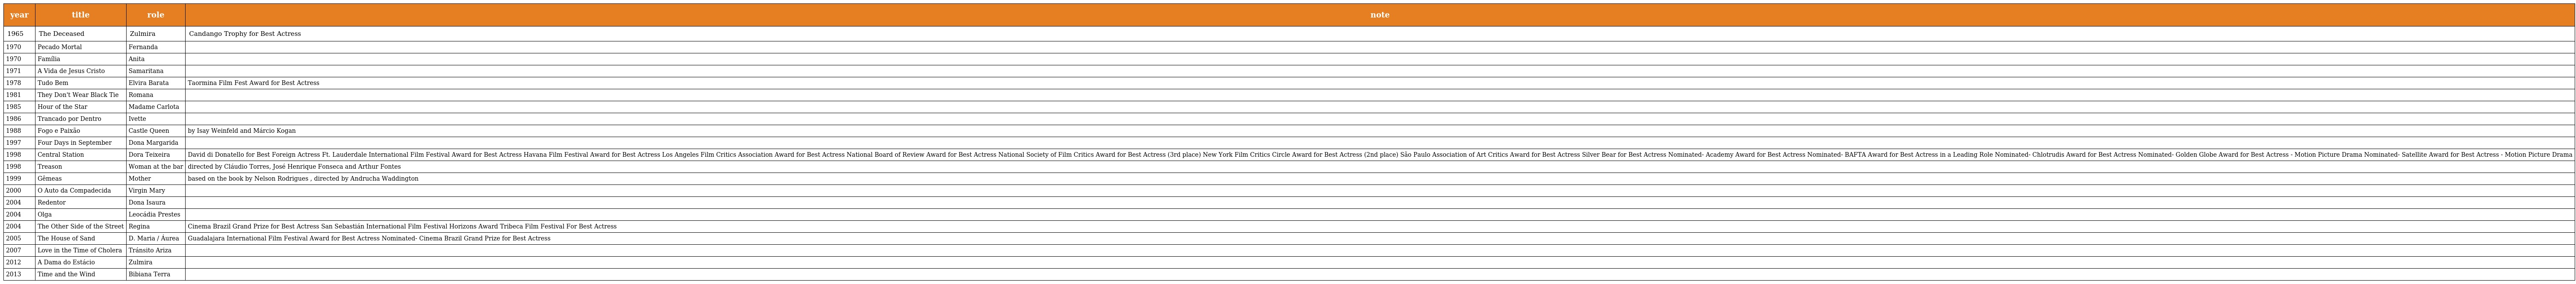
| year | title | role | note |
 | --- | --- | --- | --- |
 | 1965 | The Deceased | Zulmira | Candango Trophy for Best Actress |
 | 1970 | Pecado Mortal | Fernanda |  |
 | 1970 | Família | Anita |  |
 | 1971 | A Vida de Jesus Cristo | Samaritana |  |
 | 1978 | Tudo Bem | Elvira Barata | Taormina Film Fest Award for Best Actress |
 | 1981 | They Don't Wear Black Tie | Romana |  |
 | 1985 | Hour of the Star | Madame Carlota |  |
 | 1986 | Trancado por Dentro | Ivette |  |
 | 1988 | Fogo e Paixão | Castle Queen | by Isay Weinfeld and Márcio Kogan |
 | 1997 | Four Days in September | Dona Margarida |  |
 | 1998 | Central Station | Dora Teixeira | David di Donatello for Best Foreign Actress Ft. Lauderdale International Film Festival Award for Best Actress Havana Film Festival Award for Best Actress Los Angeles Film Critics Association Award for Best Actress National Board of Review Award for Best Actress National Society of Film Critics Award for Best Actress (3rd place) New York Film Critics Circle Award for Best Actress (2nd place) São Paulo Association of Art Critics Award for Best Actress Silver Bear for Best Actress Nominated- Academy Award for Best Actress Nominated- BAFTA Award for Best Actress in a Leading Role Nominated- Chlotrudis Award for Best Actress Nominated- Golden Globe Award for Best Actress - Motion Picture Drama Nominated- Satellite Award for Best Actress - Motion Picture Drama |
 | 1998 | Treason | Woman at the bar | directed by Cláudio Torres, José Henrique Fonseca and Arthur Fontes |
 | 1999 | Gêmeas | Mother | based on the book by Nelson Rodrigues , directed by Andrucha Waddington |
 | 2000 | O Auto da Compadecida | Virgin Mary |  |
 | 2004 | Redentor | Dona Isaura |  |
 | 2004 | Olga | Leocádia Prestes |  |
 | 2004 | The Other Side of the Street | Regina | Cinema Brazil Grand Prize for Best Actress San Sebastián International Film Festival Horizons Award Tribeca Film Festival For Best Actress |
 | 2005 | The House of Sand | D. Maria / Áurea | Guadalajara International Film Festival Award for Best Actress Nominated- Cinema Brazil Grand Prize for Best Actress |
 | 2007 | Love in the Time of Cholera | Tránsito Ariza |  |
 | 2012 | A Dama do Estácio | Zulmira |  |
 | 2013 | Time and the Wind | Bibiana Terra |  |